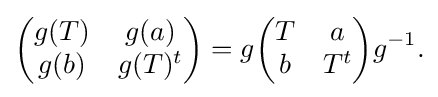
\displaystyle {{\begin{pmatrix}g(T)&g(a)\\g(b)&g(T)^{t}\end{pmatrix}}=g{\begin{pmatrix}T&a\\b&T^{t}\end{pmatrix}}g^{-1}.}